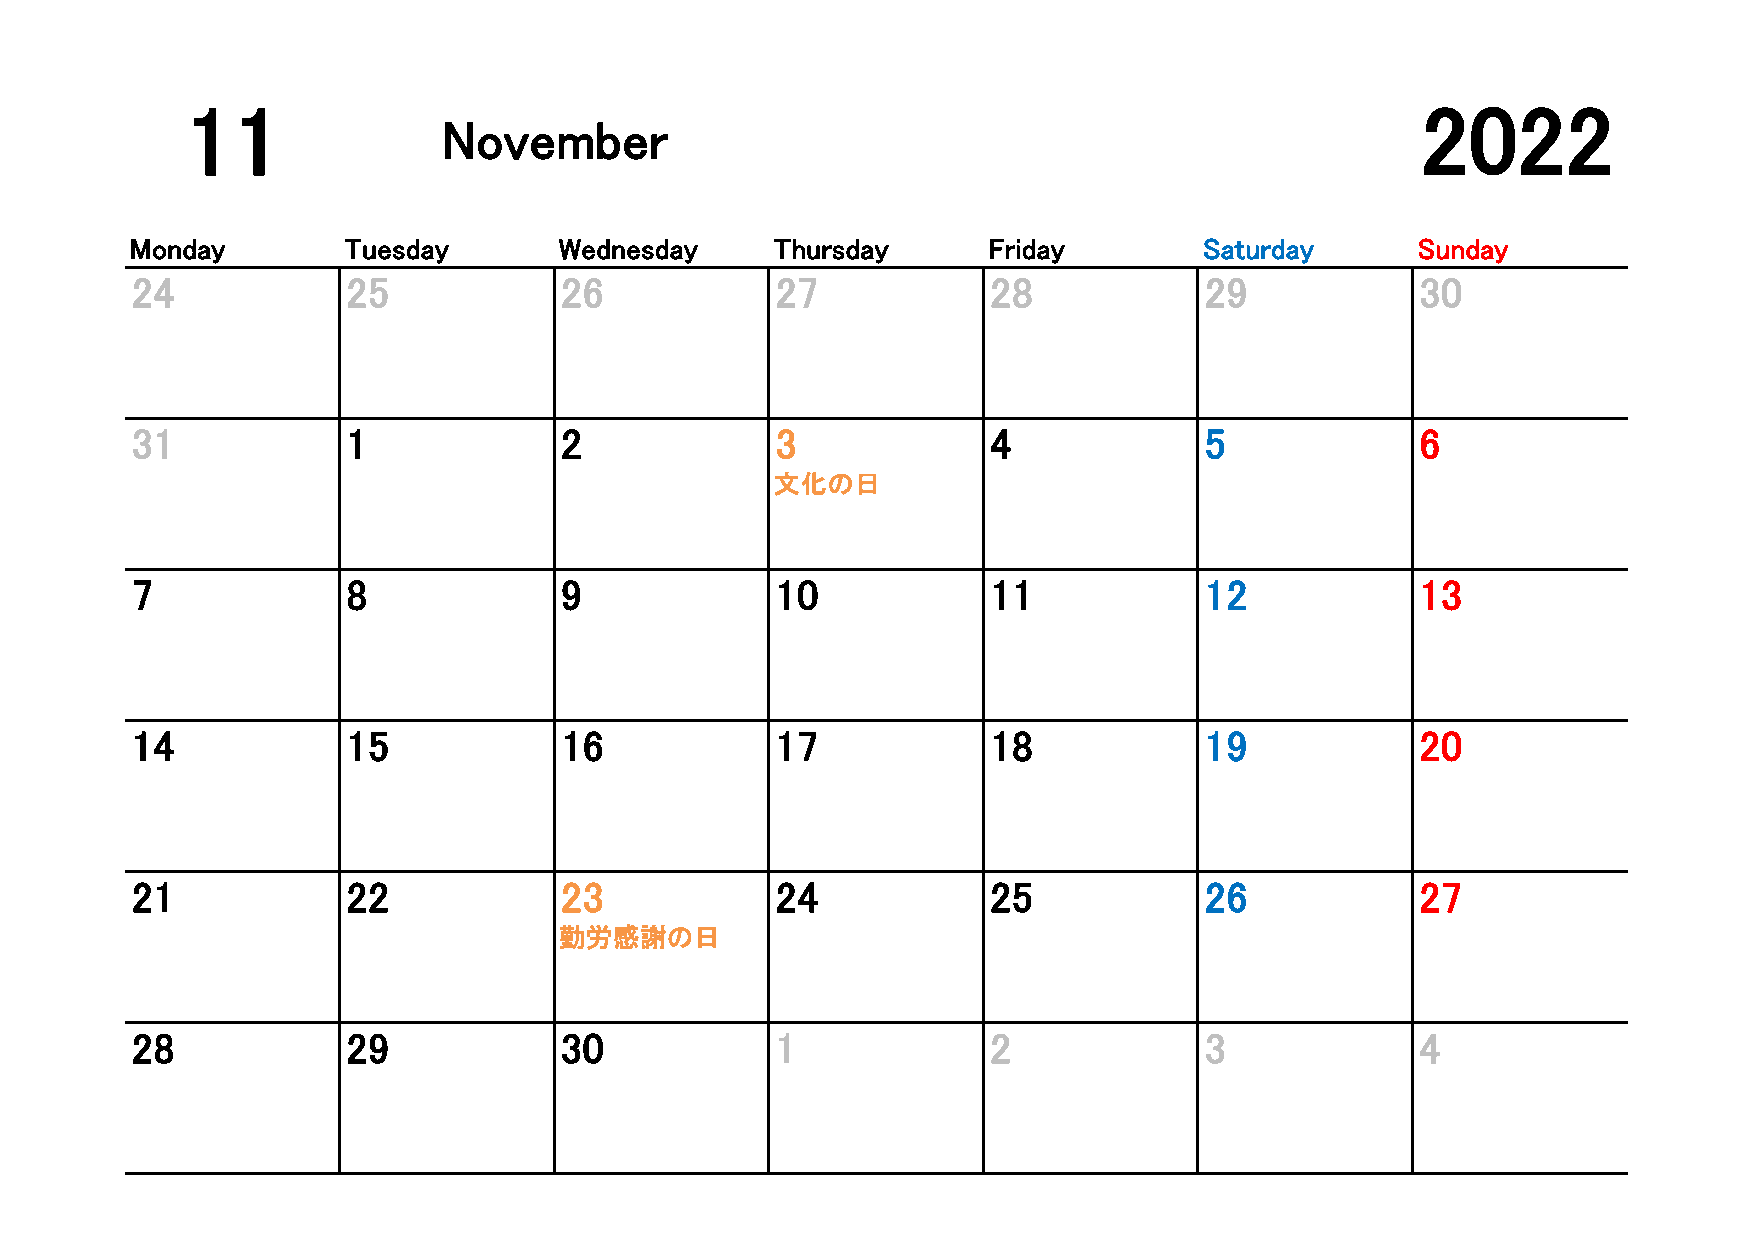
11                                                                                2022
 November
 2022/11/1
 Monday        Tuesday       Wednesday     Thursday      Friday         Saturday      Sunday
 24            25            26            27             28            29            30
 31            1             2             3              4             5             6
 文化の日
 7             8             9             10             11            12            13
 14            15            16            17             18            19            20
 21            22            23            24             25            26            27
 勤労感謝の日
 28            29            30            1              2             3             4